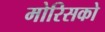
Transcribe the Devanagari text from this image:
मोरिसको